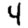
Digit: 4